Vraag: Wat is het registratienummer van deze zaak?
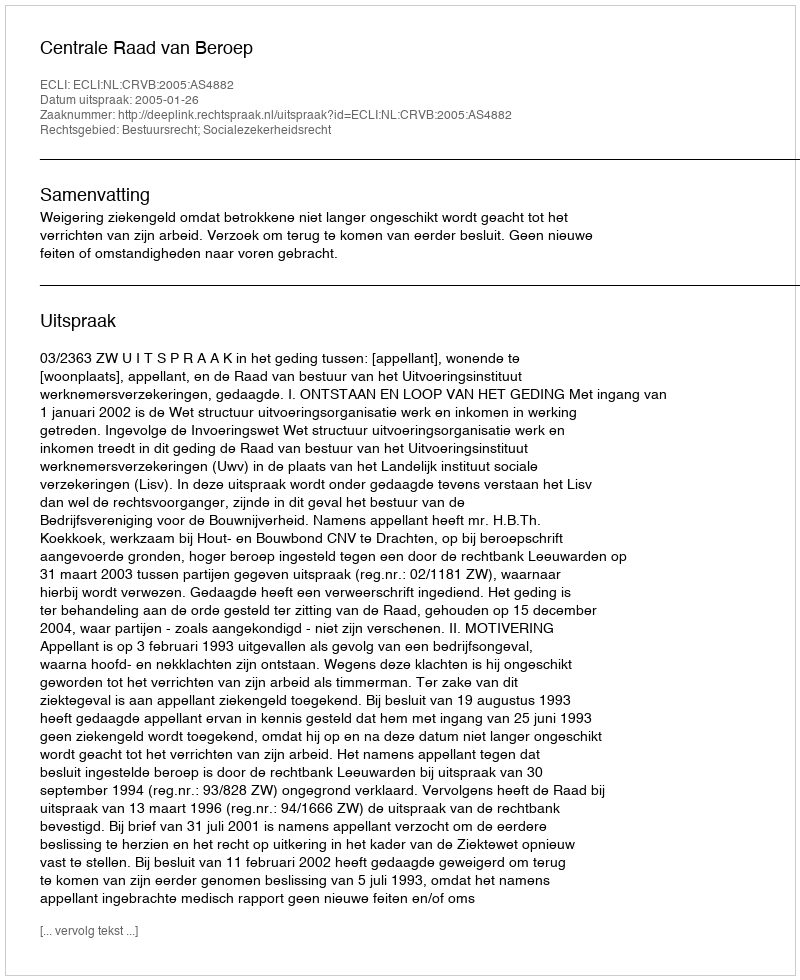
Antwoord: http://deeplink.rechtspraak.nl/uitspraak?id=ECLI:NL:CRVB:2005:AS4882